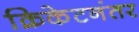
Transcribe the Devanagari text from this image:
क्रिकेटनंतर